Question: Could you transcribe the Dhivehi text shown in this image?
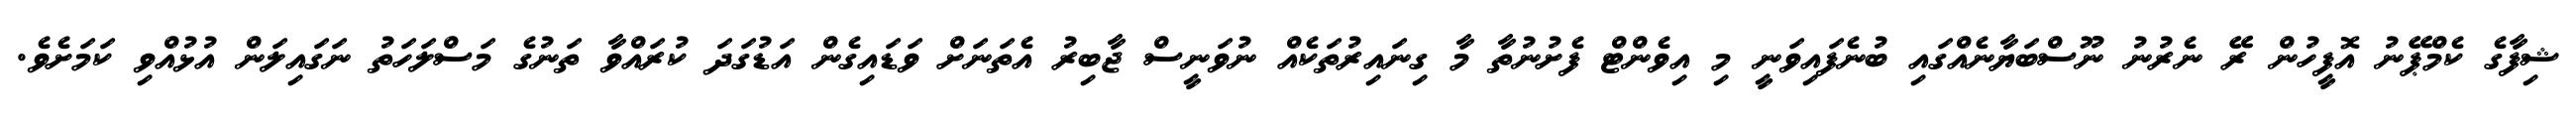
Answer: ޝިފާގެ ކެމްޕޭނު އޮފީހުން ރޭ ނެރުނު ނޫސްބަޔާނެއްގައި ބުނެފައިވަނީ މި އިވެންޓް ފެށުނުތާ މާ ގިނައިރުތަކެއް ނުވަނީސް ޖާބިރު އެތަނަށް ވަޑައިގެން އަޑުގަދަ ކުރައްވާ ތަނުގެ މަސްލަހަތު ނަގައިލަން އުޅުއްވި ކަމަށެވެ.